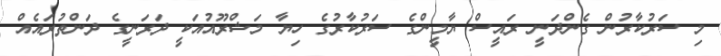
މި ސަރުކާރުން ގެންދަނީ ރައީސް ޔާމީންގެ ސަރުކާރުގެ ހިޔާ މަޝްރޫއުއަކީ ދަރަނީގެ ދަންތުރައެއް